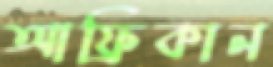
আফ্রিকান